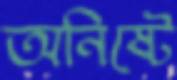
অনিষ্টে